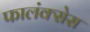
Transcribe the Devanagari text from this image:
फालंक्सेस